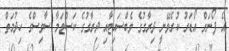
އެ ފޯނަށް އޯޑަރު ކުރެވޭނީ ދިރާގުގެ ވެބްސައިޓާއި ދިރާގުގެ ކަސްޓަމާ ސާވިސްގެ ހިދުމަތް